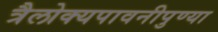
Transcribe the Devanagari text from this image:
त्रैलोक्यपावनीपुण्या